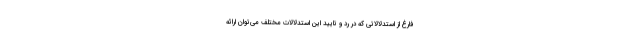
فارغ از استدلالاتی که در رد و تایید این استدلالات مختلف می‌توان ارائه